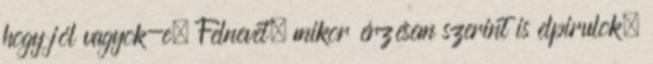
hogy jól vagyok-e. Felnevet, mikor érzésem szerint is elpirulok.